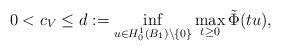
LaTeX: \begin{align*} 0<c_V\leq d:=\inf_{u\in H^1_0(B_{1})\backslash\{0\}} \max_{t\geq 0}\tilde{\Phi}(tu),\end{align*}